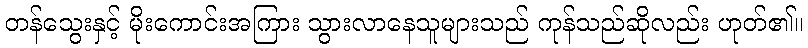
တန်သွေးနှင့် မိုးကောင်းအကြား သွားလာနေသူများသည် ကုန်သည်ဆိုလည်း ဟုတ်၏။